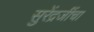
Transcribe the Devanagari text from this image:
सुरेंद्रजींचा